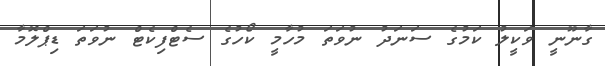
ގާނޫނީ ވަކީލު ކަމުގެ ސަނަދު ނުވަތަ މުހާމީ ކޯހުގެ ސެޓްފިކެޓް ނުވަތަ ޑިޕްލޮމާ